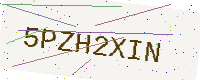
Text: 5PZH2XIN